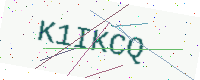
Text: K1IKCQ